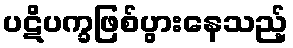
ပဋိပက္ခဖြစ်ပွားနေသည့်